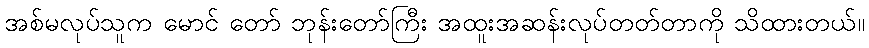
အစ်မလုပ်သူက မောင် တော် ဘုန်းတော်ကြီး အထူးအဆန်းလုပ်တတ်တာကို သိထားတယ်။